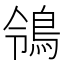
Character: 鴒